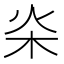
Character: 𣏦